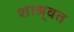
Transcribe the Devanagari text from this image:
शाश्र्वत